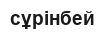
сұрінбей